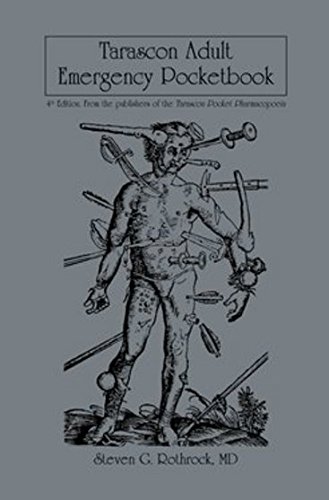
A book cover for Tarascon Adult Emergency Pocketbook; MD, FAAEM, FACMT, FACEP, Editor in Chief, Richard J. Hamilton; Medical Books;